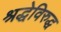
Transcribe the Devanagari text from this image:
श्रद्धेविरुद्ध